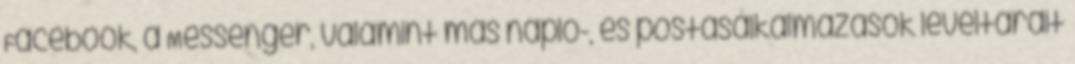
Facebook, a Messenger, valamint más napló-, és postásalkalmazások levéltárait